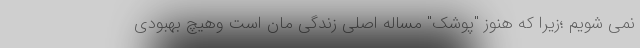
نمی شویم ؛زیرا که هنوز "پوشک" مساله اصلی زندگی مان است وهیچ بهبودی